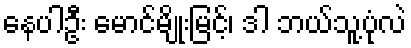
နေပါဦး မောင်မျိုးမြင့်၊ ဒါ ဘယ်သူ့ပုံလဲ